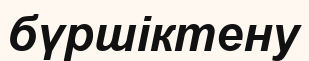
бүршіктену